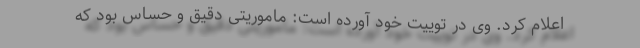
اعلام کرد. وی در توییت خود آورده است: ماموریتی دقیق و حساس بود که